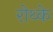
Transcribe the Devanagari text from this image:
रोथ्के